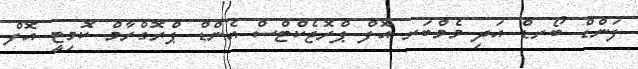
ފަންޑް ބޯރޑް އަދި މެމްބަރ އޮފް ޕްރޮޖެކްޓްސް އެންޑް ޕްރޮގްރާމް ކޮމިޓީ އޮފް